Proceedings of the meeting of veterinary officers in India
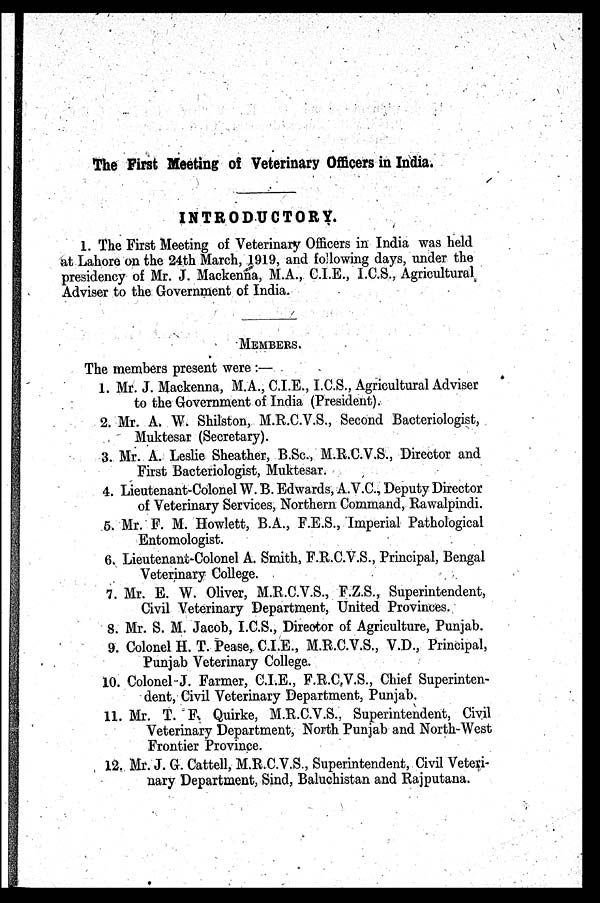
The First Meeting of Veterinary Officers in India.
INTRODUCTORY.
1. The First Meeting of Veterinary Officers in India was held
at Lahore on the 24th March, 1919, and following days, under the
presidency of Mr. J. Mackenna, M.A., C.I.E., I.C.S., Agricultural
Adviser to the Government of India.
MEMBERS.
The members present were :—
1. Mr. J. Mackenna, M.A., C.I.E., I.C.S., Agricultural Adviser
to the Government of India (President).
2. Mr. A. W. Shilston, M.R.C.V.S., Second Bacteriologist,
Muktesar (Secretary).
3. Mr. A. Leslie Sheather, B.Sc., M.R.C.V.S., Director and
First Bacteriologist, Muktesar.
4. Lieutenant-Colonel W. B. Edwards, A.V.C., Deputy Director
of Veterinary Services, Northern Command, Rawalpindi.
5. Mr. F. M. Howlett, B.A., F.E.S., Imperial Pathological
Entomologist.
6. Lieutenant-Colonel A. Smith, F.R.C.V.S., Principal, Bengal
Veterinary College.
7. Mr. E. W. Oliver, M.R.C.V.S., F.Z.S., Superintendent,
Civil Veterinary Department, United Provinces.
8. Mr. S. M. Jacob, I.C.S., Director of Agriculture, Punjab.
9. Colonel H. T. Pease, C.I.E., M.R.C.V.S., V.D., Principal,
Punjab Veterinary College.
10. Colonel J. Farmer, C.I.E., F.R.C.V.S., Chief Superinten-
dent, Civil Veterinary Department, Punjab.
11. Mr. T. F. Quirke, M.R.C.V.S., Superintendent, Civil
Veterinary Department, North Punjab and North-West
Frontier Province.
12. Mr. J. G. Cattell, M.R.C.V.S., Superintendent, Civil Veteri-
nary Department, Sind, Baluchistan and Rajputana.